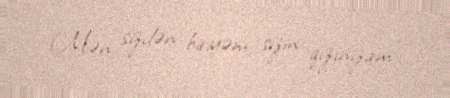
Mən sizdən biriyəm, sizin qızınızam".